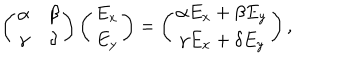
LaTeX: \left( \begin{matrix} { { \alpha } } & { { \beta } } \\ { { \gamma } } & { { \delta } } \\ \end{matrix} \right) \left( \begin{matrix} { { E _ { x } } } \\ { { E _ { y } } } \\ \end{matrix} \right) = \left( \begin{matrix} { { \alpha E _ { x } + \beta E _ { y } } } \\ { { \gamma E _ { x } + \delta E _ { y } } } \\ \end{matrix} \right) ,